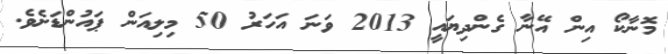
މޮނާކޯ އިން އޭނާ ގެންދިޔައީ 2013 ވަނަ އަހަރު 50 މިލިއަން ޕައުންޑަށެވެ.